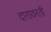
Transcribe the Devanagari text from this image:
दारावरती